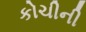
કોચીની